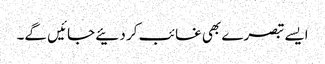
ایسے تبصرے بھی غائب کر دئیے جائیں گے۔